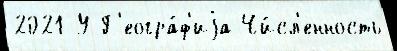
2021 У Г'еогра́ф'иjа Чи́сл'енность